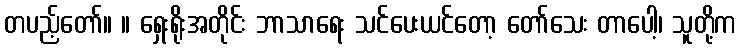
တပည့်တော်။ ။ ရှေးရိုးအတိုင်း ဘာသာရေး သင်ပေးယင်တော့ တော်သေး တာပေါ့၊ သူတို့က